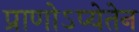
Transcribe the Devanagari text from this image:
प्राणोऽप्येतेन